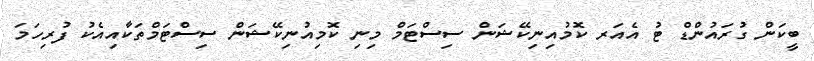
ބީކަން ގުރައުންޑް ޓު އެއަރ ކޮމުއިނިކޭޝަން ސިސްޓަމް މިނި ކޮމިއުނިކޭޝަން ސިސްޓަމްތަކާއިއެކު ފުރިހަމަ